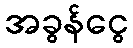
အခွန်ငွေ